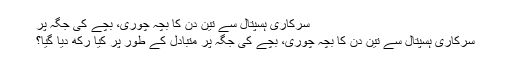
سرکاری ہسپتال سے تین دن کا بچہ چوری، بچے کی جگہ پر
سرکاری ہسپتال سے تین دن کا بچہ چوری، بچے کی جگہ پر متبادل کے طور پر کیا رکھ دیا گیا؟